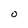
Character: O